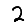
Digit: 2